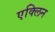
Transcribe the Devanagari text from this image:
एक्लिन